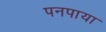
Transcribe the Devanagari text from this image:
पनपाया